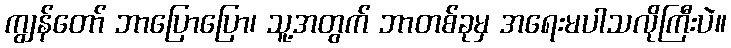
ကျွန်တော် ဘာပြောပြော၊ သူ့အတွက် ဘာတစ်ခုမှ အရေးမပါသလိုကြီးပဲ။